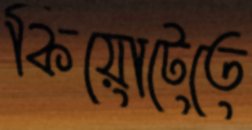
কিয়োটেতে